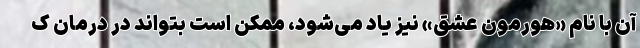
آن با نام «هورمون عشق» نیز یاد می‌شود، ممکن است بتواند در درمان ک